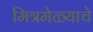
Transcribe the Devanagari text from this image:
मित्रमेळ्याचे